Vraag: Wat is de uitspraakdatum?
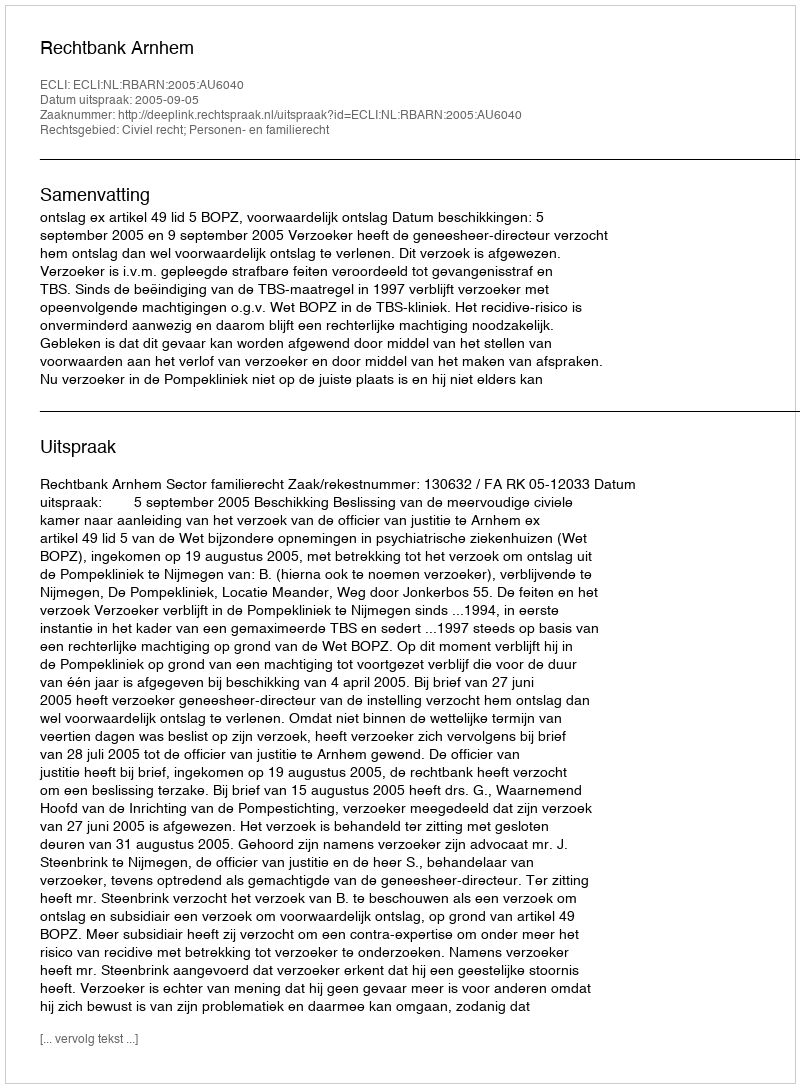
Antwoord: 2005-09-05